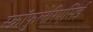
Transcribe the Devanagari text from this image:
स्क्रॉफुलेरिएसिई